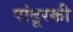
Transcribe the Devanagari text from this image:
पांढूरकी